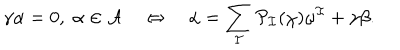
\gamma \alpha = 0 , \; \alpha \in \cal { A } \quad \Leftrightarrow \quad \alpha = \sum _ { I } P _ { I } ( \chi ) \omega ^ { I } + \gamma \beta .